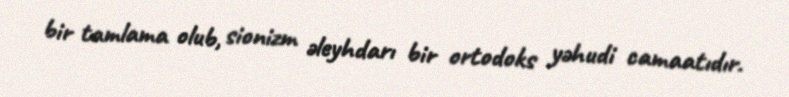
bir tamlama olub, sionizm əleyhdarı bir ortodoks yəhudi camaatıdır.